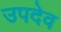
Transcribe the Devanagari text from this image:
उपदेव